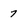
Character: 7